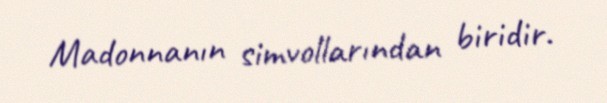
Madonnanın simvollarından biridir.